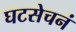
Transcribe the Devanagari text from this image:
घटसेचनं